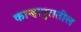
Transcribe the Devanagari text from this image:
कान्हापुरातील